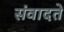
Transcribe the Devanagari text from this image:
संवादते